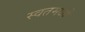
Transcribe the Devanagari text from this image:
स्वतमध्ये